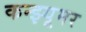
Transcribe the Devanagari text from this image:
कन्झ्यूमर